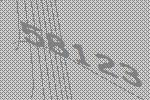
58123